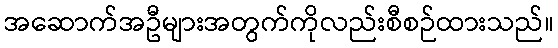
အဆောက်အဦများအတွက်ကိုလည်းစီစဉ်ထားသည်။